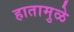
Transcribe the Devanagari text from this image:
हातामुळे